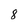
Character: 8